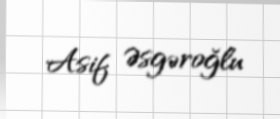
Asif Əsgəroğlu